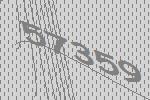
57359